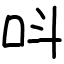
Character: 呌